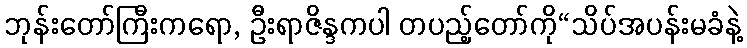
ဘုန်းတော်ကြီးကရော, ဦးရာဇိန္ဒကပါ တပည့်တော်ကို“သိပ်အပန်းမခံနဲ့